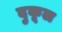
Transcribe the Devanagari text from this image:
दुकूल